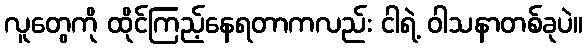
လူတွေကို ထိုင်ကြည့်နေရတာကလည်း ငါရဲ့ ဝါသနာတစ်ခုပဲ။